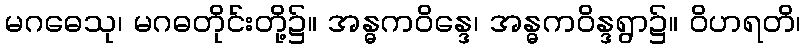
မဂဓေသု၊ မဂဓတိုင်းတို့၌။ အန္ဓကဝိန္ဒေ၊ အန္ဓကဝိန္ဒရွာ၌။ ဝိဟရတိ၊